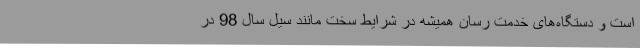
است و دستگاه‌های خدمت رسان همیشه در شرایط سخت مانند سیل سال 98 در